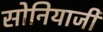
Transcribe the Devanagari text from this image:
सोनियाजी